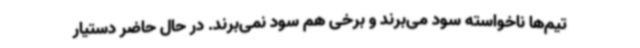
تیم‌ها ناخواسته سود می‌برند و برخی هم سود نمی‌برند. در حال حاضر دستیار